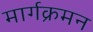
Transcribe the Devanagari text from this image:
मार्गक्रमन